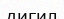
дигил